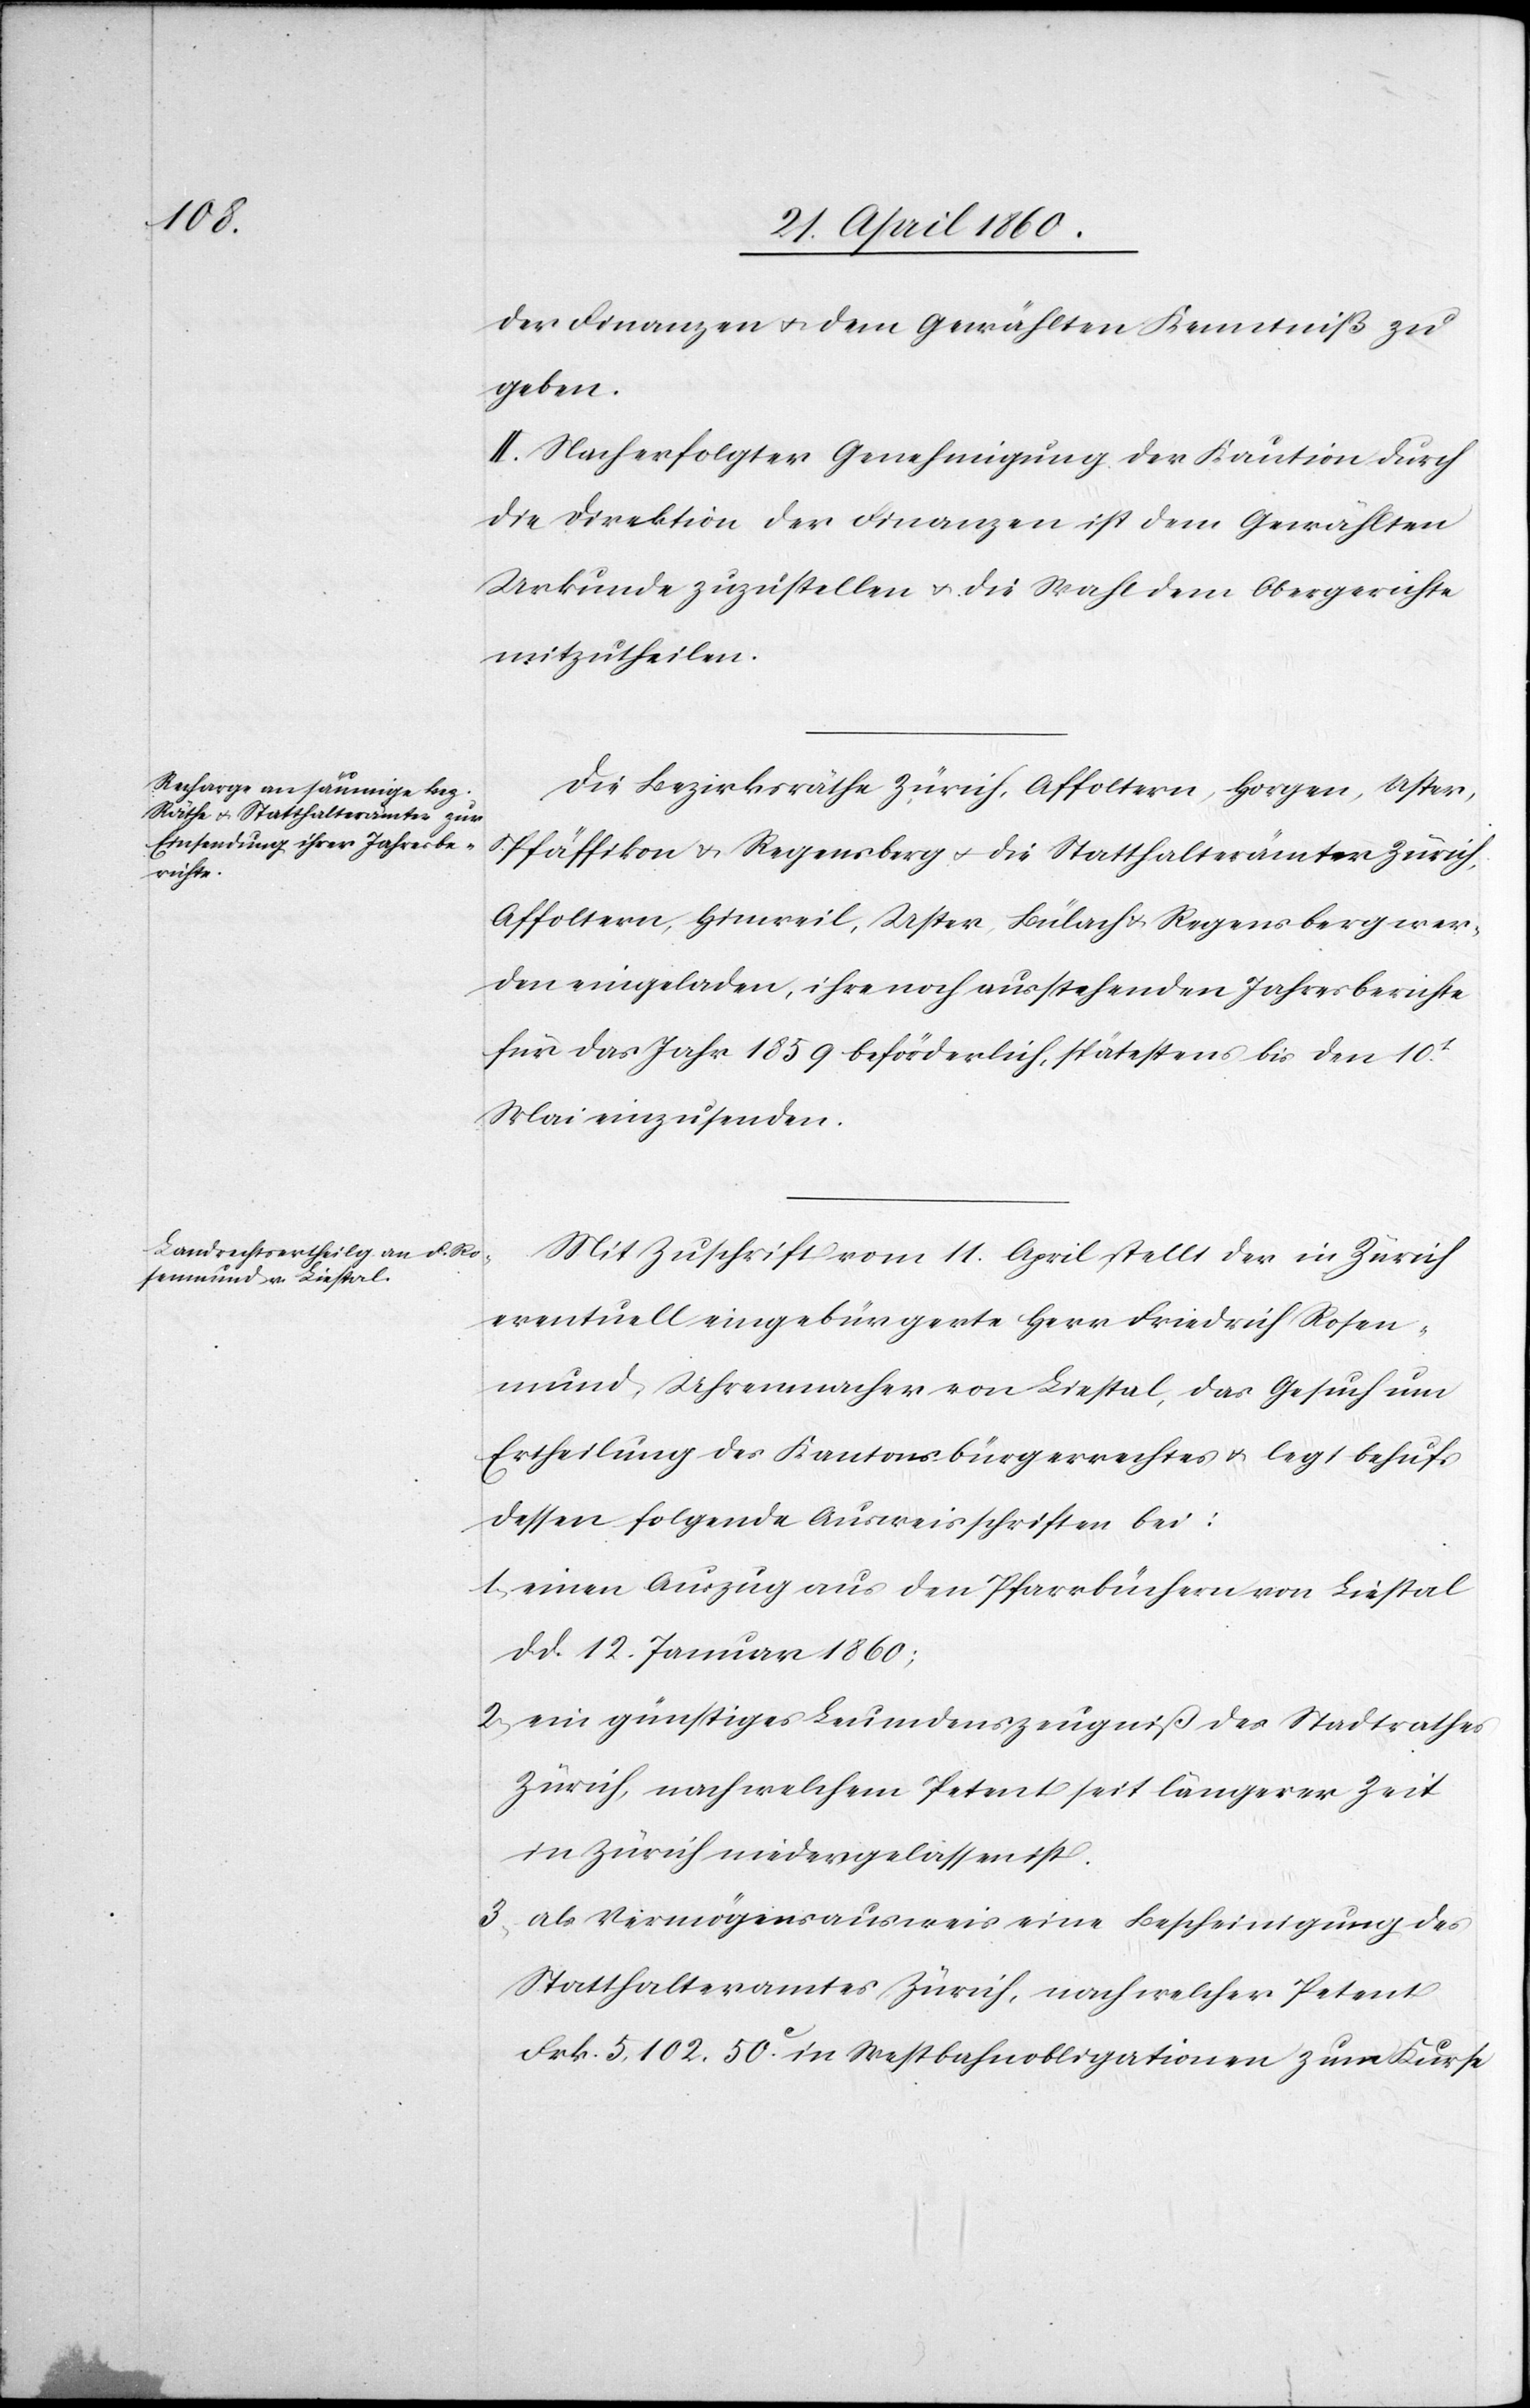
der Finanzen u. dem Gewählten Kenntniss zu
geben.
II. Nach erfolgter Genehmigung der Kaution durch
die Direktion der Finanzen ist dem Gewählten
Urkunde zuzustellen u. die Wahl dem Obergerichte
mitzutheilen.
Die Bezirksräthe Zürich, Affoltern, Horgen, Uster,
Pfäffikon u. Regensberg u. die Statthalterämter Zürich,
Affoltern, Hinweil, Uster, Bülach u. Regensberg wer¬
den eingeladen, ihre noch ausstehenden Jahresberichte
für das Jahr 1859 beförderlich, spätestens bis den 10t
Mai einzusenden.
Mit Zuschrift vom 17. April stellt der in Zürich
eventuell eingebürgerte Herr Friedrich Rosen¬
mund, Uhrenmacher von Liestal, das Gesuch um
Ertheilung des Kantonsbürgerrechtes u. legt behufs
dessen folgende Ausweisschriften bei:
1. einen Auszug aus den Pfarrbüchern von Liestal
d. d. 12. Januar 1860;
2. ein günstiges Leumundszeugniß des Stadtrathes
Zürich, nach welchem Petent seit längerer Zeit
in Zürich niedergelassen ist.
3. als Vermögensausweis eine Bescheinigung des
Statthalteramtes Zürich, nach welcher Petent
Frk. 5,102. 50C in Westbahnobligationen zum Kurse